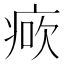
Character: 𤶺